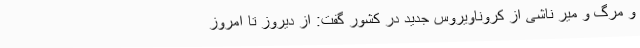
و مرگ و میر ناشی از کروناویروس جدید در کشور گفت: از دیروز تا امروز